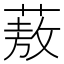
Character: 蔜